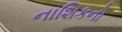
નાશિકનો